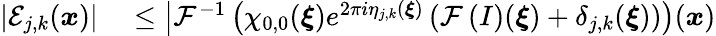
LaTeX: \begin{array}{rl}{\left\vert\mathcal{E}_{j,k}(\boldsymbol{x})\right\vert}&{{}\leq\big\vert\mathcal{F}^{-1}\left(\chi_{0,0}(\boldsymbol{\xi})e^{2\pi i\eta_{j,k}(\boldsymbol{\xi})}\left(\mathcal{F}\left(I\right)(\boldsymbol{\xi})+\delta_{j,k}(\boldsymbol{\xi})\right)\right)(\boldsymbol{x})}\end{array}